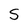
Character: S